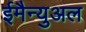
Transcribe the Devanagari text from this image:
ईमैन्युअल